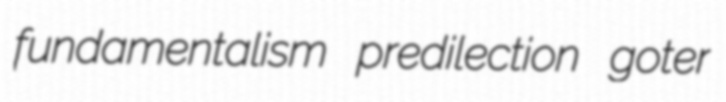
fundamentalism predilection goter